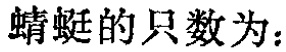
蜻蜓的只数为：